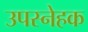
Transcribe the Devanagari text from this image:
उपस्नेहक